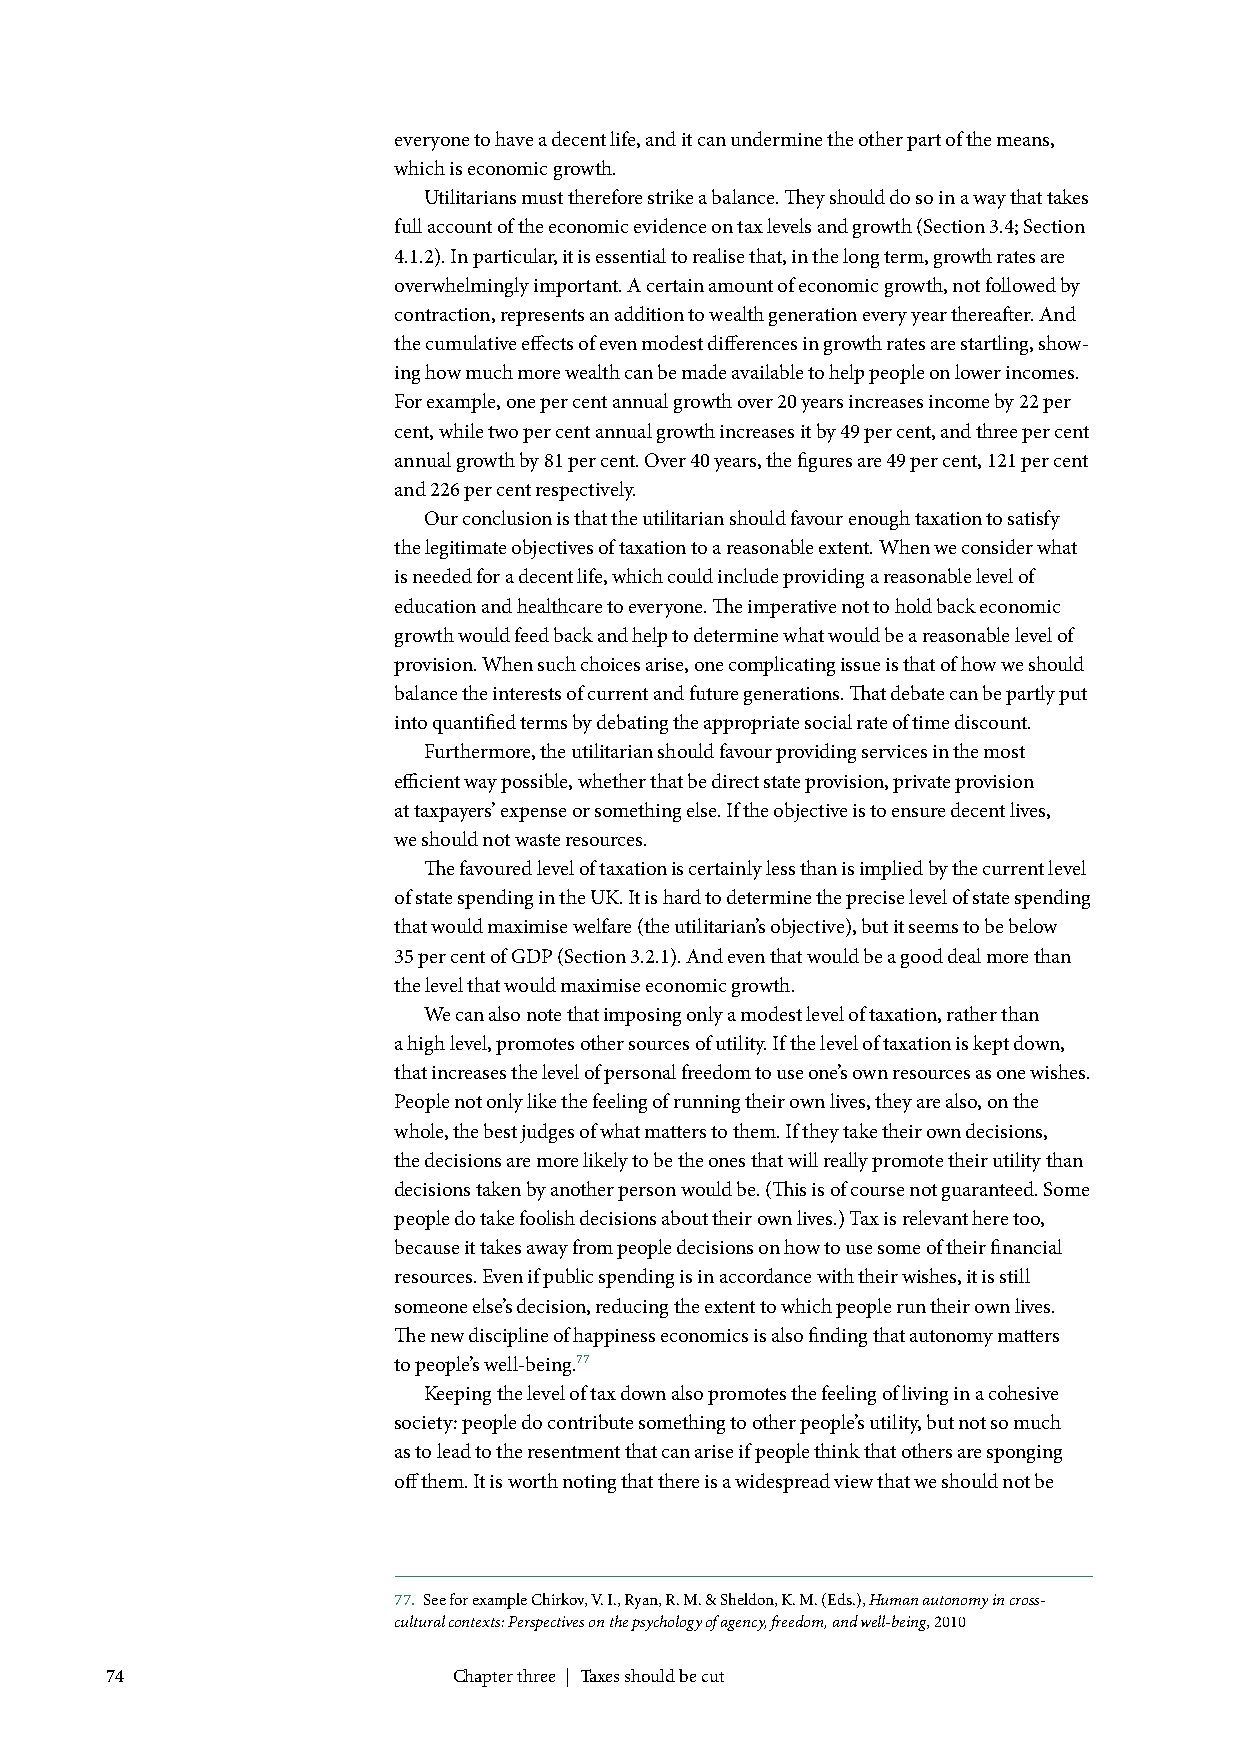
everyone to have a decent life, and it can undermine the other part of the means,
 which is economic growth.
 Utilitarians must therefore strike a balance. They should do so in a way that takes
 full account of the economic evidence on tax levels and growth (Section 3.4; Section
 4.1.2). In particular, it is essential to realise that, in the long term, growth rates are
 overwhelmingly important. A certain amount of economic growth, not followed by
 contraction, represents an addition to wealth generation every year thereafter. And
 the cumulative effects of even modest differences in growth rates are startling, show-
 ing how much more wealth can be made available to help people on lower incomes.
 For example, one per cent annual growth over 20 years increases income by 22 per
 cent, while two per cent annual growth increases it by 49 per cent, and three per cent
 annual growth by 81 per cent. Over 40 years, the figures are 49 per cent, 121 per cent
 and 226 per cent respectively.
 Our conclusion is that the utilitarian should favour enough taxation to satisfy
 the legitimate objectives of taxation to a reasonable extent. When we consider what
 is needed for a decent life, which could include providing a reasonable level of
 education and healthcare to everyone. The imperative not to hold back economic
 growth would feed back and help to determine what would be a reasonable level of
 provision. When such choices arise, one complicating issue is that of how we should
 balance the interests of current and future generations. That debate can be partly put
 into quantified terms by debating the appropriate social rate of time discount.
 Furthermore, the utilitarian should favour providing services in the most
 efficient way possible, whether that be direct state provision, private provision
 at taxpayers’ expense or something else. If the objective is to ensure decent lives,
 we should not waste resources.
 The favoured level of taxation is certainly less than is implied by the current level
 of state spending in the UK. It is hard to determine the precise level of state spending
 that would maximise welfare (the utilitarian’s objective), but it seems to be below
 35 per cent of GDP (Section 3.2.1). And even that would be a good deal more than
 the level that would maximise economic growth.
 We can also note that imposing only a modest level of taxation, rather than
 a high level, promotes other sources of utility. If the level of taxation is kept down,
 that increases the level of personal freedom to use one’s own resources as one wishes.
 People not only like the feeling of running their own lives, they are also, on the
 whole, the best judges of what matters to them. If they take their own decisions,
 the decisions are more likely to be the ones that will really promote their utility than
 decisions taken by another person would be. (This is of course not guaranteed. Some
 people do take foolish decisions about their own lives.) Tax is relevant here too,
 because it takes away from people decisions on how to use some of their financial
 resources. Even if public spending is in accordance with their wishes, it is still
 someone else’s decision, reducing the extent to which people run their own lives.
 The new discipline of happiness economics is also finding that autonomy matters
 to people’s well-being.77
 Keeping the level of tax down also promotes the feeling of living in a cohesive
 society: people do contribute something to other people’s utility, but not so much
 as to lead to the resentment that can arise if people think that others are sponging
 off them. It is worth noting that there is a widespread view that we should not be
 77. See for example Chirkov, V. I., Ryan, R. M. & Sheldon, K. M. (Eds.), Human autonomy in cross-
 cultural contexts: Perspectives on the psychology of agency, freedom, and well-being, 2010
 74                     Chapter three | Taxes should be cut